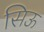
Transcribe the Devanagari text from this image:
सिऊ